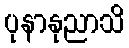
ပုနာနုညာသိ